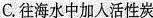
C.往海水中加入活性炭